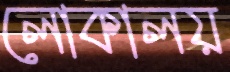
লোকালয়